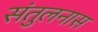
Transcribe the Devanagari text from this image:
संतुलनास